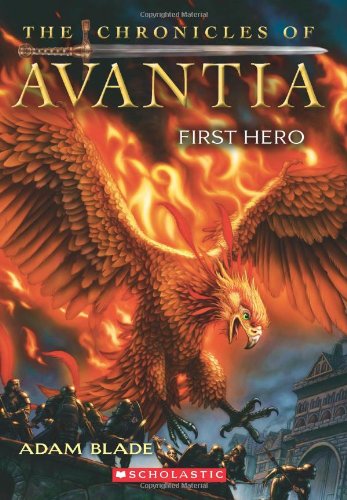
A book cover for The Chronicles of Avantia #1: First Hero; Adam Blade; Children's Books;